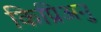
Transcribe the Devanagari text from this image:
किप्रिअनु